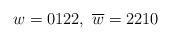
LaTeX: \begin{align*}w = 0122,~ \overline{w} = 2210\end{align*}